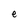
Character: e